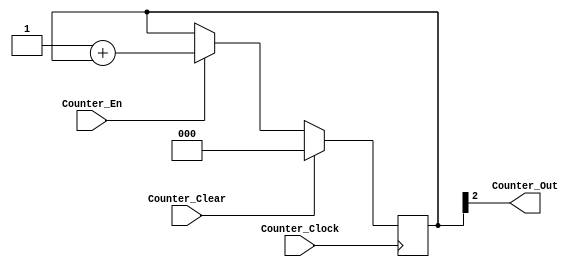
module Counter(
Counter_Clear,
Counter_Clock,
Counter_Out,
Counter_En
);
input Counter_Clock;
input Counter_Clear;
input Counter_En; 

output Counter_Out;

reg [2:0] Counter_Num;

always@(posedge Counter_Clock)
begin
	if(Counter_Clear)
		Counter_Num<=1'b0;
	else if(Counter_En)
		Counter_Num<= 1'b1 + Counter_Num;
end

assign Counter_Out = Counter_Num[2];

endmodule